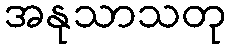
အနုသာသတု